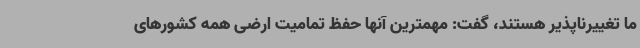
ما تغییرناپذیر هستند، گفت: مهمترین آنها حفظ تمامیت ارضی همه کشورهای